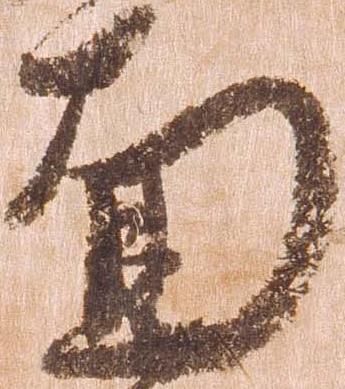
面